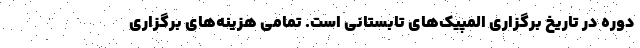
دوره در تاریخ برگزاری المپیک‌های تابستانی است. تمامی هزینه‌های برگزاری